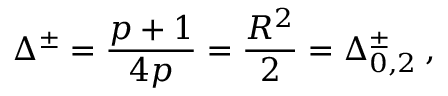
\Delta ^ { \pm } = \frac { p + 1 } { 4 p } = \frac { R ^ { 2 } } { 2 } = \Delta _ { 0 , 2 } ^ { \pm } \: ,